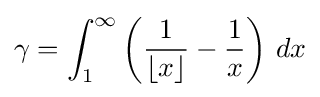
\gamma =\int _{1}^{\infty }\left({1 \over \lfloor x\rfloor }-{1 \over x}\right)\,dx